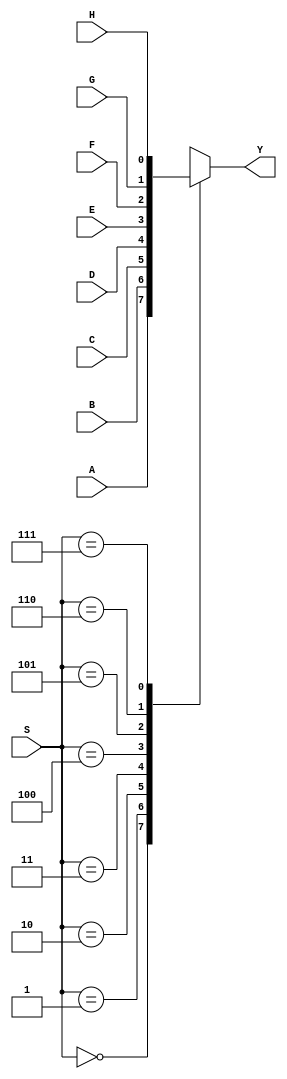
//---------------------Mux 8x1 1bit----------------------
module mux_8x1 (output reg Y, input [2:0]S, input A,B,C,D,E,F,G,H);
	
	//Test for selection bit
	always @ (S)

	case(S)
		3'b000:	Y=A;
		3'b001:	Y=B;
		3'b010:	Y=C;
		3'b011:	Y=D;
		3'b100:	Y=E;
		3'b101:	Y=F;
		3'b110:	Y=G;
		3'b111:	Y=H;

	endcase // S

endmodule // mux_8x1